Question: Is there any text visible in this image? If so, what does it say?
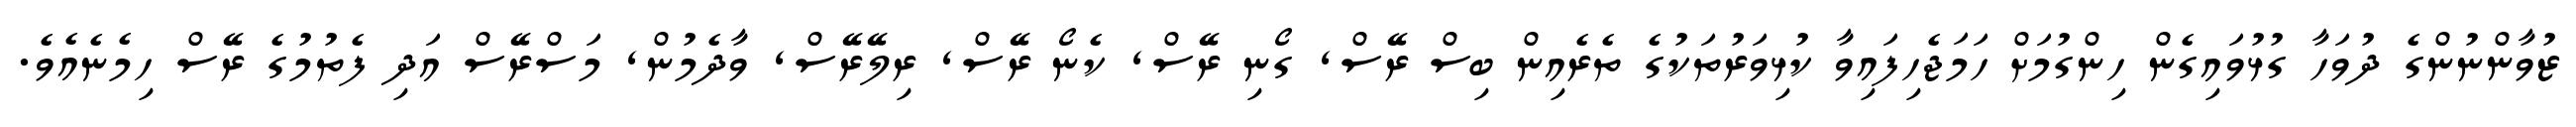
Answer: ޒުވާންނުންގެ ދުވަހާ ގުޅުވައިގެން ހިންގުމަށް ހަމަޖެހިފައިވާ ކުޅިވަރުތަކުގެ ތެރެއިން ބިސް ރޭސް, ގޯނި ރޭސް, ކެނޯ ރޭސް, ރިލޭރޭސް, ވާދެމުން, މަސްރޭސް އަދި ފެތުމުގެ ރޭސް ހިމެނެއެވެ.